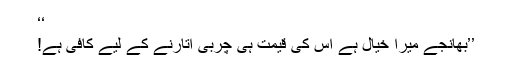
‘‘
’’بھانجے میرا خیال ہے اس کی قیمت ہی چربی اُتارنے کے لیے کافی ہے!